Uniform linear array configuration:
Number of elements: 64
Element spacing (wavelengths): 0.25
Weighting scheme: kaiser
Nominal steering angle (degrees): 45
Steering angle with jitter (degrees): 46.246
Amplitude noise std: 0.05
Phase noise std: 0.05

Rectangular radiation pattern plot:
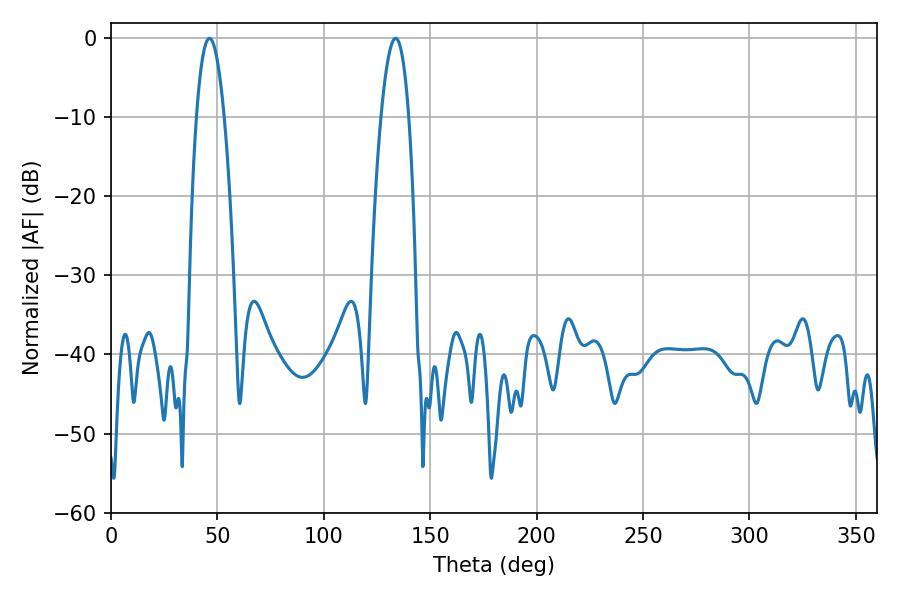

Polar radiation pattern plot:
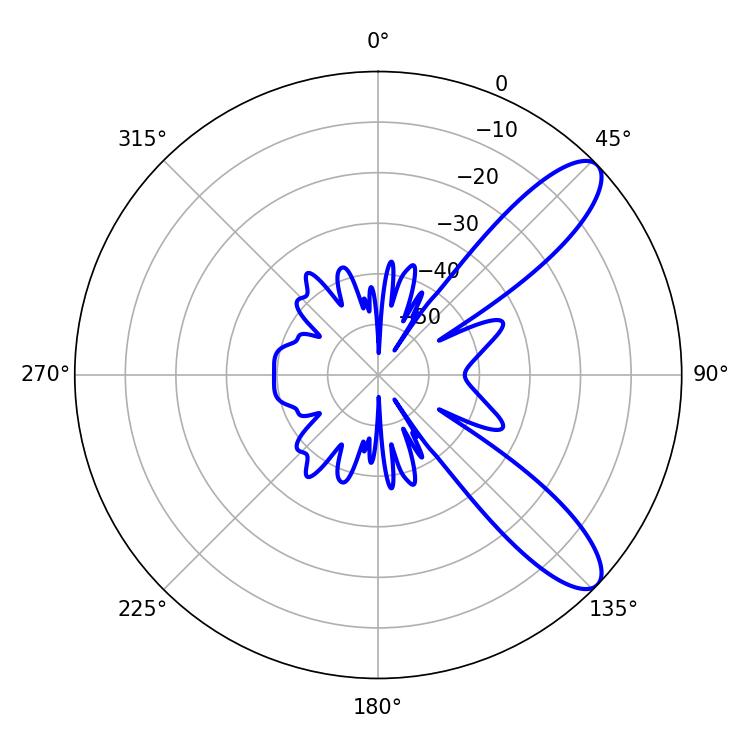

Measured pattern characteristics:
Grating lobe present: FALSE
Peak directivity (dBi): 10.096
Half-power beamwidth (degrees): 7.2
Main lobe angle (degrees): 46.26